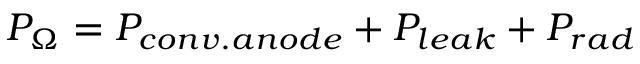
P _ { \Omega } = P _ { c o n v . a n o d e } + P _ { l e a k } + P _ { r a d }